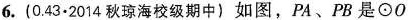
6.(0.43·2014秋琼海校级期中)如图，PA、PB是\odot O